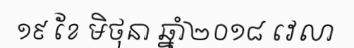
១៩ ខែ មិថុនា ឆ្នាំ២០១៨ វេលា